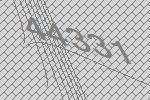
44331